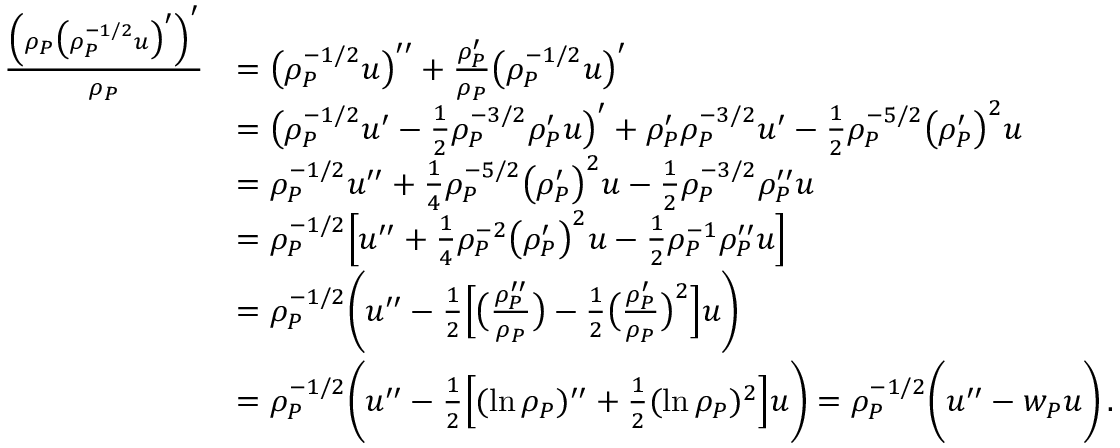
\begin{array} { r l } { \frac { \Big ( \rho _ { P } \big ( \rho _ { P } ^ { - 1 / 2 } u \big ) ^ { \prime } \Big ) ^ { \prime } } { \rho _ { P } } } & { = \big ( \rho _ { P } ^ { - 1 / 2 } u \big ) ^ { \prime \prime } + \frac { \rho _ { P } ^ { \prime } } { \rho _ { P } } \big ( \rho _ { P } ^ { - 1 / 2 } u \big ) ^ { \prime } } \\ & { = \big ( \rho _ { P } ^ { - 1 / 2 } u ^ { \prime } - \frac { 1 } { 2 } \rho _ { P } ^ { - 3 / 2 } \rho _ { P } ^ { \prime } u \big ) ^ { \prime } + \rho _ { P } ^ { \prime } \rho _ { P } ^ { - 3 / 2 } u ^ { \prime } - \frac { 1 } { 2 } \rho _ { P } ^ { - 5 / 2 } \big ( \rho _ { P } ^ { \prime } \big ) ^ { 2 } u } \\ & { = \rho _ { P } ^ { - 1 / 2 } u ^ { \prime \prime } + \frac { 1 } { 4 } \rho _ { P } ^ { - 5 / 2 } \big ( \rho _ { P } ^ { \prime } \big ) ^ { 2 } u - \frac { 1 } { 2 } \rho _ { P } ^ { - 3 / 2 } \rho _ { P } ^ { \prime \prime } u } \\ & { = \rho _ { P } ^ { - 1 / 2 } \Big [ u ^ { \prime \prime } + \frac { 1 } { 4 } \rho _ { P } ^ { - 2 } \big ( \rho _ { P } ^ { \prime } \big ) ^ { 2 } u - \frac { 1 } { 2 } \rho _ { P } ^ { - 1 } \rho _ { P } ^ { \prime \prime } u \Big ] } \\ & { = \rho _ { P } ^ { - 1 / 2 } \Bigg ( u ^ { \prime \prime } - \frac { 1 } { 2 } \Big [ \big ( \frac { \rho _ { P } ^ { \prime \prime } } { \rho _ { P } } \big ) - \frac { 1 } { 2 } \big ( \frac { \rho _ { P } ^ { \prime } } { \rho _ { P } } \big ) ^ { 2 } \Big ] u \Bigg ) } \\ & { = \rho _ { P } ^ { - 1 / 2 } \Bigg ( u ^ { \prime \prime } - \frac { 1 } { 2 } \Big [ ( \ln \rho _ { P } ) ^ { \prime \prime } + \frac { 1 } { 2 } ( \ln \rho _ { P } ) ^ { 2 } \Big ] u \Bigg ) = \rho _ { P } ^ { - 1 / 2 } \Bigg ( u ^ { \prime \prime } - w _ { P } u \Bigg ) \, . } \end{array}